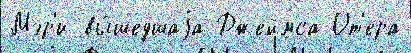
Мэр'и вы́шедшаjа Джеймса От'ера